Lunatic asylums Punjab 1868-1880 - 1868-1880
Year: 1868
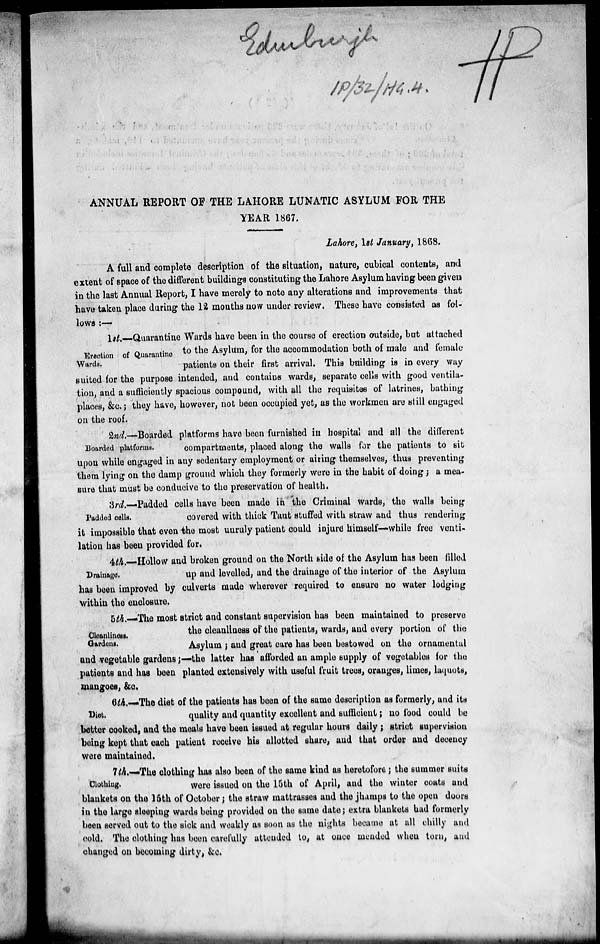
ANNUAL REPORT OF THE LAHORE LUNATIC ASYLUM FOR THE
YEAR 1867.
Lahore, 1st January, 1868.
A full and complete description of the situation, nature, cubical contents, and
extent of space of the different buildings constituting the Lahore Asylum having been given
in the last Annual Report, I have merely to note any alterations and improvements that
have taken place during the 12 months now under review. These have consisted as fol-
lows :—
Erection of Quarantine
Wards.
1st.—Quarantine Wards have been in the course of erection outside, but attached
to the Asylum, for the accommodation both of male and female
patients on their first arrival. This building is in every way
suited for the purpose intended, and contains wards, separate cells with good ventila-
tion, and a sufficiently spacious compound, with all the requisites of latrines, bathing
places, &c.; they have, however, not been occupied yet, as the workmen are still engaged
on the roof.
Boarded platforms.
2nd.—Boarded platforms have been furnished in hospital and all the different
compartments, placed along the walls for the patients to sit
upon while engaged in any sedentary employment or airing themselves, thus preventing
them lying on the damp ground which they formerly were in the habit of doing ; a mea-
sure that must be conducive to the preservation of health.
Padded cells.
3rd.—Padded cells have been made in the Criminal wards, the walls being
covered with thick Taut stuffed with straw and thus rendering
it impossible that even the most unruly patient could injure himself—while free venti-
lation has been provided for.
Drainage.
4th.—Hollow and broken ground on the North side of the Asylum has been filled
up and levelled, and the drainage of the interior of the Asylum
has been improved by culverts made wherever required to ensure no water lodging
within the enclosure.
Cleanliness.
Gardens.
5th.—The most strict and constant supervision has been maintained to preserve
the cleanliness of the patients, wards, and every portion of the
Asylum ; and great care has been bestowed on the ornamental
and vegetable gardens;—the latter has afforded an ample supply of vegetables for the
patients and has been planted extensively with useful fruit trees, oranges, limes, laquots,
mangoes, &c.
Diet.
6th.—The diet of the patients has been of the same description as formerly, and its
quality and quantity excellent and sufficient ; no food could be
better cooked, and the meals have been issued at regular hours daily ; strict supervision
being kept that each patient receive his allotted share, and that order and decency
were maintained.
Clothing.
7th.—The clothing has also been of the same kind as heretofore; the summer suits
were issued on the 15th of April, and the winter coats and
blankets on the 16th of October ; the straw mattrasses and the jhamps to the open doors
in the large sleeping wards being provided on the same date; extra blankets had formerly
been served out to the sick and weakly as soon as the nights became at all chilly and
cold. The clothing has been carefully attended to, at once mended when torn, and
changed on becoming dirty, &c.